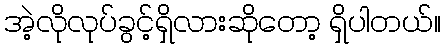
အဲ့လိုလုပ်ခွင့်ရှိလားဆိုတော့ ရှိပါတယ်။